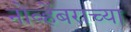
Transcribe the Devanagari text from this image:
नोव्हेंबराच्या